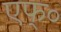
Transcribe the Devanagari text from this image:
एफ्०